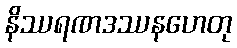
နိဿရဏဒဿနဟေတု